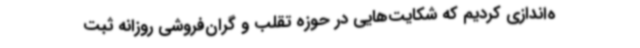
ه‌اندازی کردیم که شکایت‌هایی در حوزه تقلب و گران‌فروشی روزانه ثبت